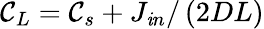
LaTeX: \mathcal{C}_{L}=\mathcal{C}_{s}+J_{\mathit{i}n}/\left(2DL\right)